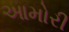
આમોરી